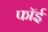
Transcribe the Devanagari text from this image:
फॉई